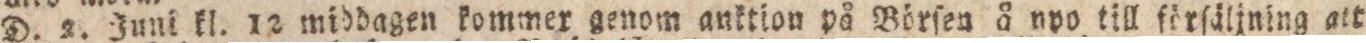
D. 2. Juni kl. 12 middagen kommer genom auktion på Börſen å upo till förſäljning att